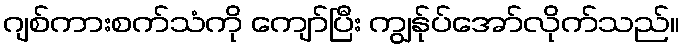
ဂျစ်ကားစက်သံကို ကျော်ပြီး ကျွန်ုပ်အော်လိုက်သည်။